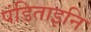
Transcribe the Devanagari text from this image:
पंडिताइनि